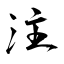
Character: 注